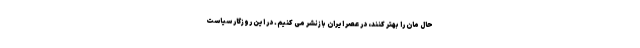
حال مان را بهتر کنند، در عصر ایران بازنشر می کنیم. در این روزگار سیاست